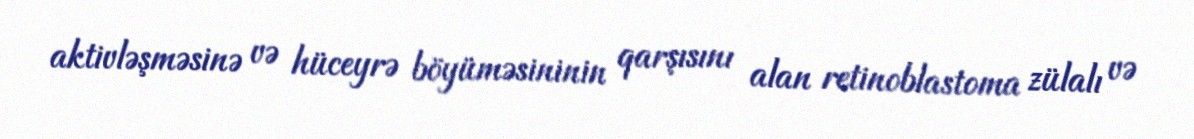
aktivləşməsinə və hüceyrə böyüməsininin qarşısını alan retinoblastoma zülalı və